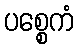
ပစ္စေကံ